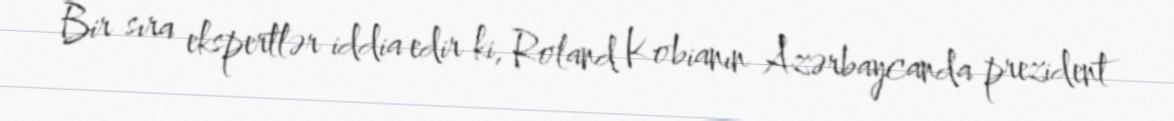
Bir sıra ekspertlər iddia edir ki, Roland Kobianın Azərbaycanda prezident